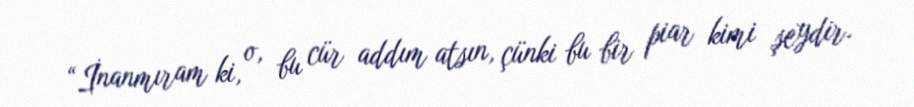
“İnanmıram ki, o, bu cür addım atsın, çünki bu bir piar kimi şeydir.